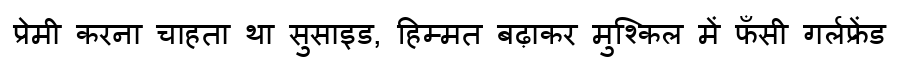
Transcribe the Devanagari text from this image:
प्रेमी करना चाहता था सुसाइड, हिम्मत बढ़ाकर मुश्किल में फँसी गर्लफ्रेंड